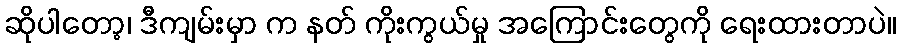
ဆိုပါတော့၊ ဒီကျမ်းမှာ က နတ် ကိုးကွယ်မှု အကြောင်းတွေကို ရေးထားတာပဲ။